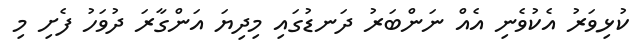
ކުޅިވަރު އެކުވެނި އެއް ނަންބަރު ދަނޑުގައި މިދިޔަ އަންގާރަ ދުވަހު ފެށި މި